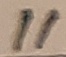
Text: 11